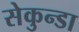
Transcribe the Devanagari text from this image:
सेकुन्डा